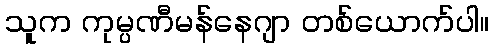
သူက ကုမ္ပဏီမန်နေဂျာ တစ်ယောက်ပါ။